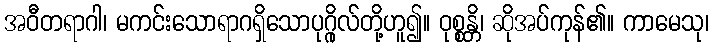
အဝီတရာဂါ၊ မကင်းသောရာဂရှိသောပုဂ္ဂိုလ်တို့ဟူ၍။ ဝုစ္စန္တိ၊ ဆိုအပ်ကုန်၏။ ကာမေသု၊